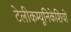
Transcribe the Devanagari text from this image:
टेलीकम्यूनिकेशियो